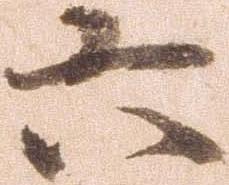
六